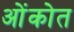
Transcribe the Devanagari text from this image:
ओंकोत